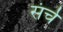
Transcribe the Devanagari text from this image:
संर्च